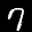
Label: 7